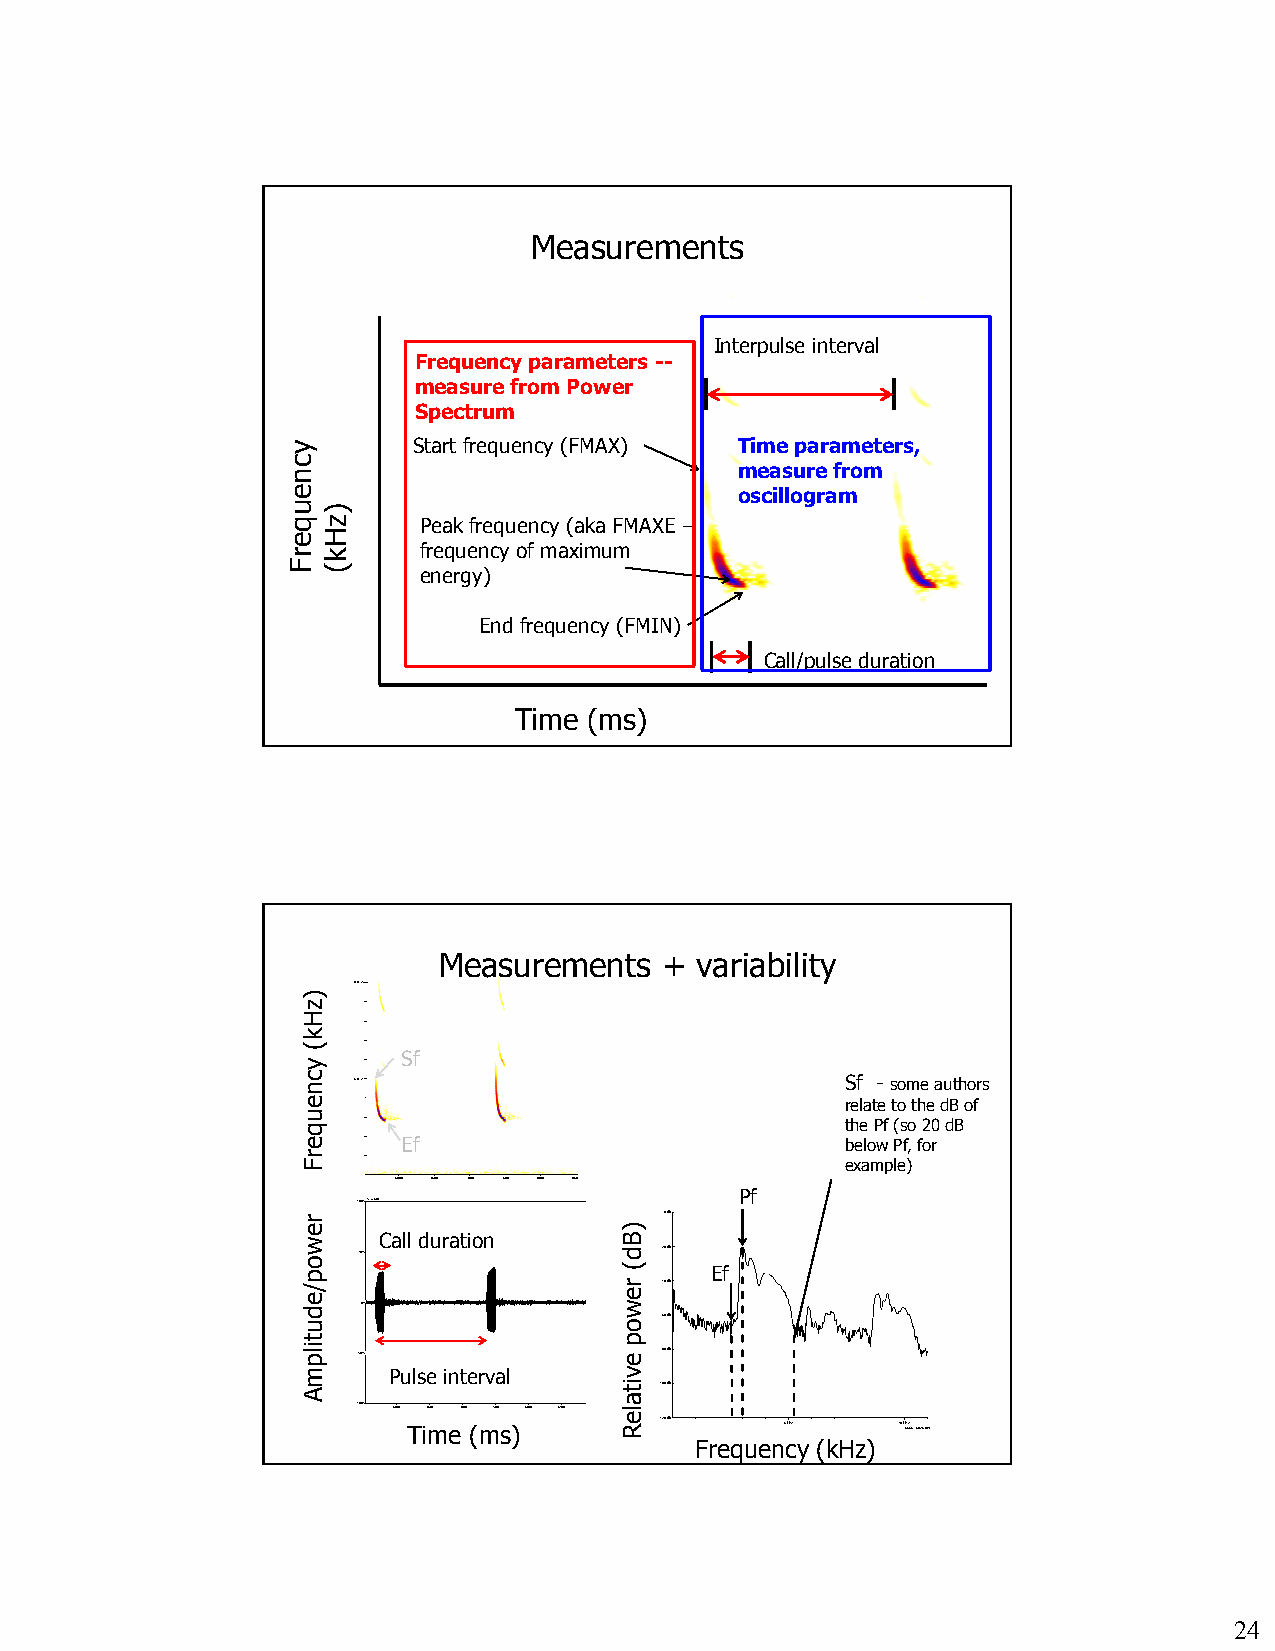
Measurements
 Interpulse interval
 Frequency parameters --
 measure from Power
 Spectrum
 Start frequency (FMAX) Time parameters,
 measure from
 oscillogram
 Peak frequency (aka FMAXE –
 frequency of maximum
 energy)
 End frequency (FMIN)
 Call/pulse duration
 Time (ms)
 Measurements   + variability
 1100 kkHHzz
 Sf
 55 kkHHzz                        Sf - some authors
 relate to the dB of
 the Pf (so 20 dB
 Ef                           below Pf, for
 example)
 66000000 66550000 77000000 77550000 88000000 88550000
 Pf
 110000%%AAmmpplliittuuddee Time (ms)
 0 dB
 Call duration
 5500%%              -20 dB
 Ef
 -40 dB
 0000%%%%
 -60 dB
 --5500%%            -80 dB
 Pulse interval
 -100 dB
 --110000%% 66000000 66550000 77000000 77550000 88000000 88550000
 Time (ms)        -120 dB 5 kHz   10 kH56z65 - 5823 ms
 Frequency (kHz)
 24
 ycneuqerF
 )zHk(
 ycneuqerF
 rewop/edutilpmA
 )zHk(
 )Bd(
 rewop
 evitaleR